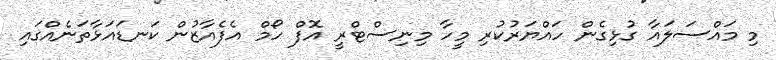
މި މައްސަލައާ ގުޅިގެން ހައްޔަރުކުރި މީހާ މިނިސްޓްރީ އޮފް ހޯމް އެފެއާޒުން ކަނޑައަޅާތަނެއްގައި